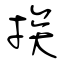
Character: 挨